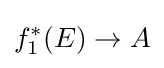
f_{1}^{*}(E)\to A